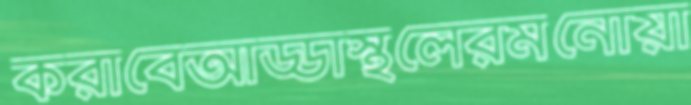
করাবেআড্ডাস্থলেরমনোয়া